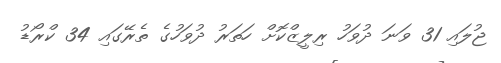
ޖުލައި 31 ވަނަ ދުވަހު ރިލީޒްކޮށް ހަތަރު ދުވަހުގެ ތެރޭގައި 34 ކްރޯޑު